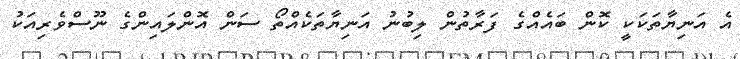
އެ އަނިޔާތަކަކީ ކޮން ބައެއްގެ ފަރާތުން ލިބުނު އަނިޔާތަކެއްތޯ ސަން އޮންލައިންގެ ނޫސްވެރިއަކު